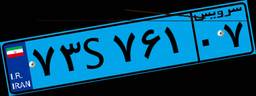
۳۹S۴۲۰۴۵